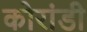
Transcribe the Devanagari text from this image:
कोरांडी